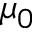
\mu _ { 0 }